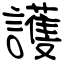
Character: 護